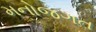
મનોજગત